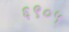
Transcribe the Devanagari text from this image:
६९०५